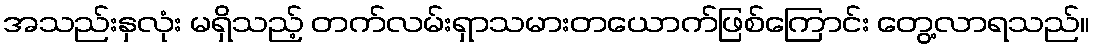
အသည်းနှလုံး မရှိသည့် တက်လမ်းရှာသမားတယောက်ဖြစ်ကြောင်း တွေ့လာရသည်။